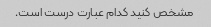
مشخص کنید کدام عبارت درست است.